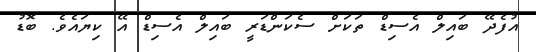
އުފެދޭ ބައިލް އެސިޑް ތަކަށް ސެކަންޑަރީ ބައިލް އެސިޑް އޭ ކިޔައެވެ. ބޮޑު